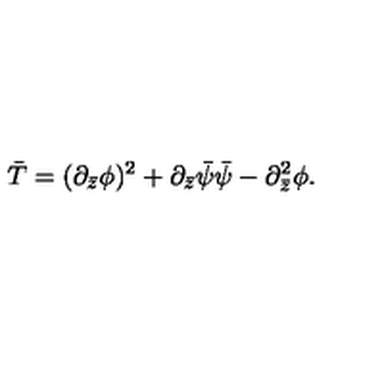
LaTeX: \bar { T } = ( \partial _ { \bar { z } } \phi ) ^ { 2 } + \partial _ { \bar { z } } \bar { \psi } \bar { \psi } - \partial _ { \bar { z } } ^ { 2 } \phi .